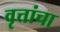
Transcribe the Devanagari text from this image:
वृत्तांचा